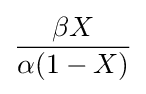
{\frac {\beta X}{\alpha (1-X)}}